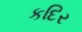
કદિર